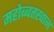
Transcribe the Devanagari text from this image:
महोब्बतखान